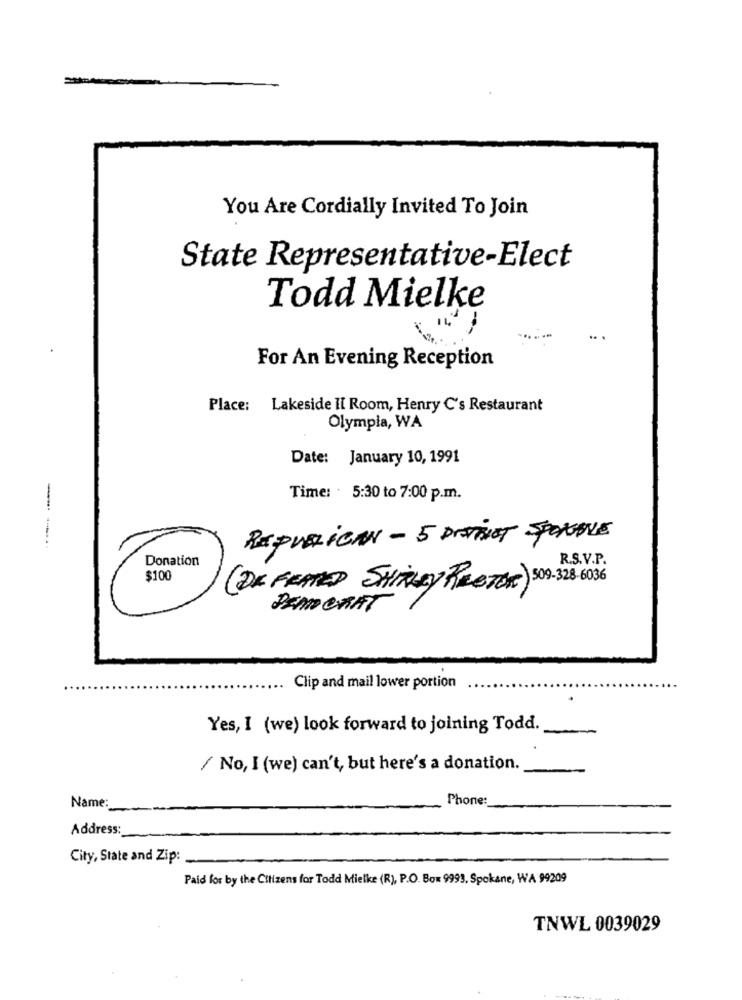
You Are Cordially Invited To Join
State Representative-Elect
Todd Mielke
For An Evening Reception
Place: Lakeside Il Room, Henry C's Restaurant
Olympia, WA
Date: January 10, 1991
Time: 5:30 to 7:00 p.m.
REPUBLICAN - 5 DISTINCT SPOKANE
R.S.V.P.
Doatio
( DE FEATED SHIRLEY RESTOR)
DEMOCRAT
Clip and mail lower portion
Yes, I (we) look forward to joining Todd.
/ No, I (we) can't, but here's a donation.
Phone:
Name:
Address:
City, State and Zip:
Paid for by the Citizens for Todd Mielke (R), P.O. Box 9993. Spokane, WA 99209
TNWL 0039029